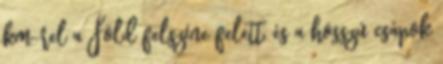
km-rel a Föld felszíne felett, és a hosszú csápok